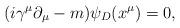
LaTeX: \begin{align*}(i\gamma^{\mu}\partial_{\mu}-m)\psi_D(x^{\mu})=0,\vspace{0.5in}\end{align*}